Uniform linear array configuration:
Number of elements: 32
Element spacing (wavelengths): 1
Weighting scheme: exponential
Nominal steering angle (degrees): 30
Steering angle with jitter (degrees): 30.005
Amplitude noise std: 0.05
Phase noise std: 0.05

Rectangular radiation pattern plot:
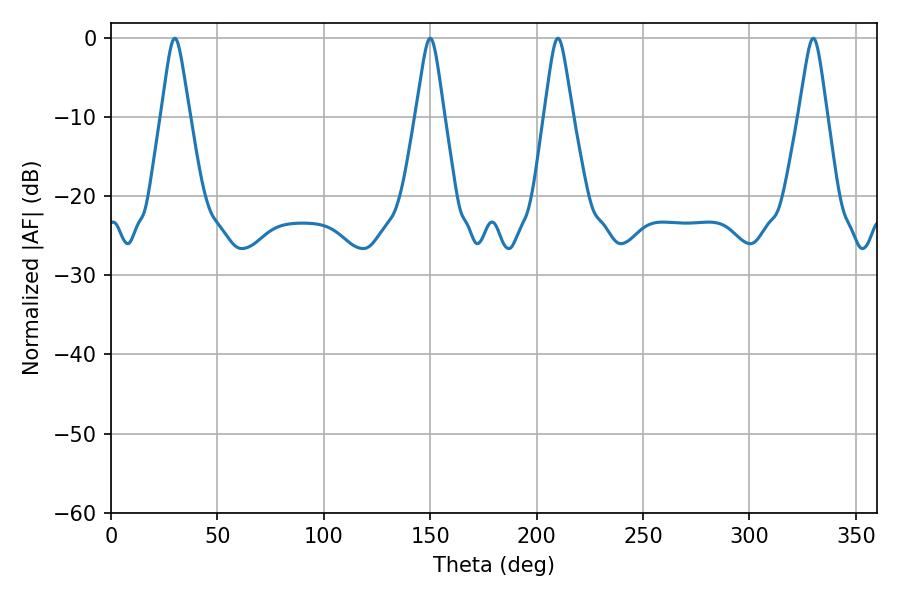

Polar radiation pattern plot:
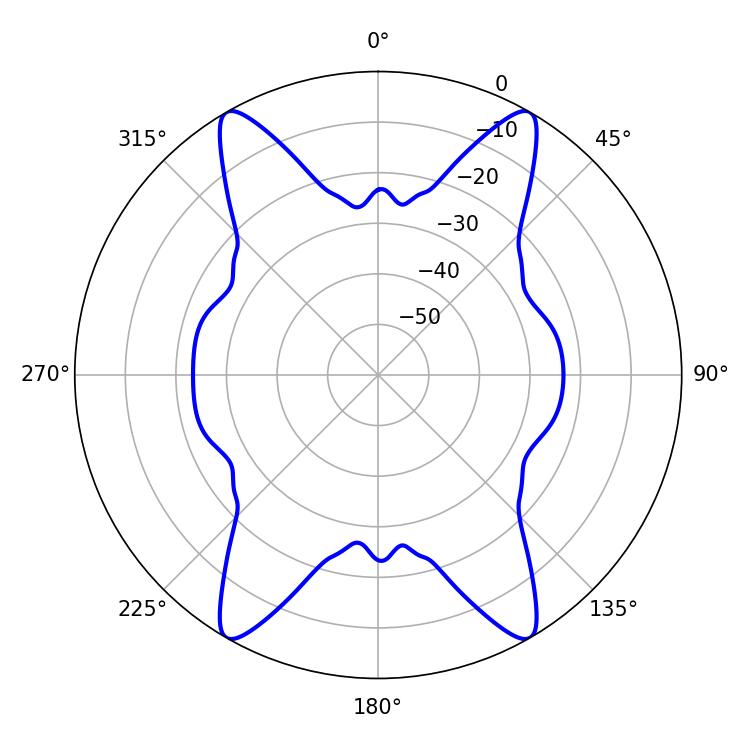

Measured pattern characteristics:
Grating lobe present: TRUE
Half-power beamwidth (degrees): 6.48
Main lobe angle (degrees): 329.94